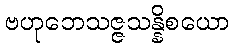
ဗဟုဘေသဇ္ဇသန္နိစယော